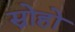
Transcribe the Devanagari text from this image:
स्नोहो